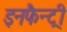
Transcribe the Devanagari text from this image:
इनफैन्ट्री